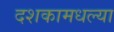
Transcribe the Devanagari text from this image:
दशकामधल्या